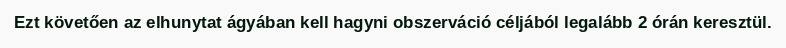
Ezt követően az elhunytat ágyában kell hagyni obszerváció céljából legalább 2 órán keresztül.